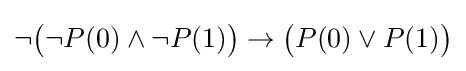
\neg {\big (}\neg P(0)\land \neg P(1){\big )}\to {\big (}P(0)\lor P(1){\big )}